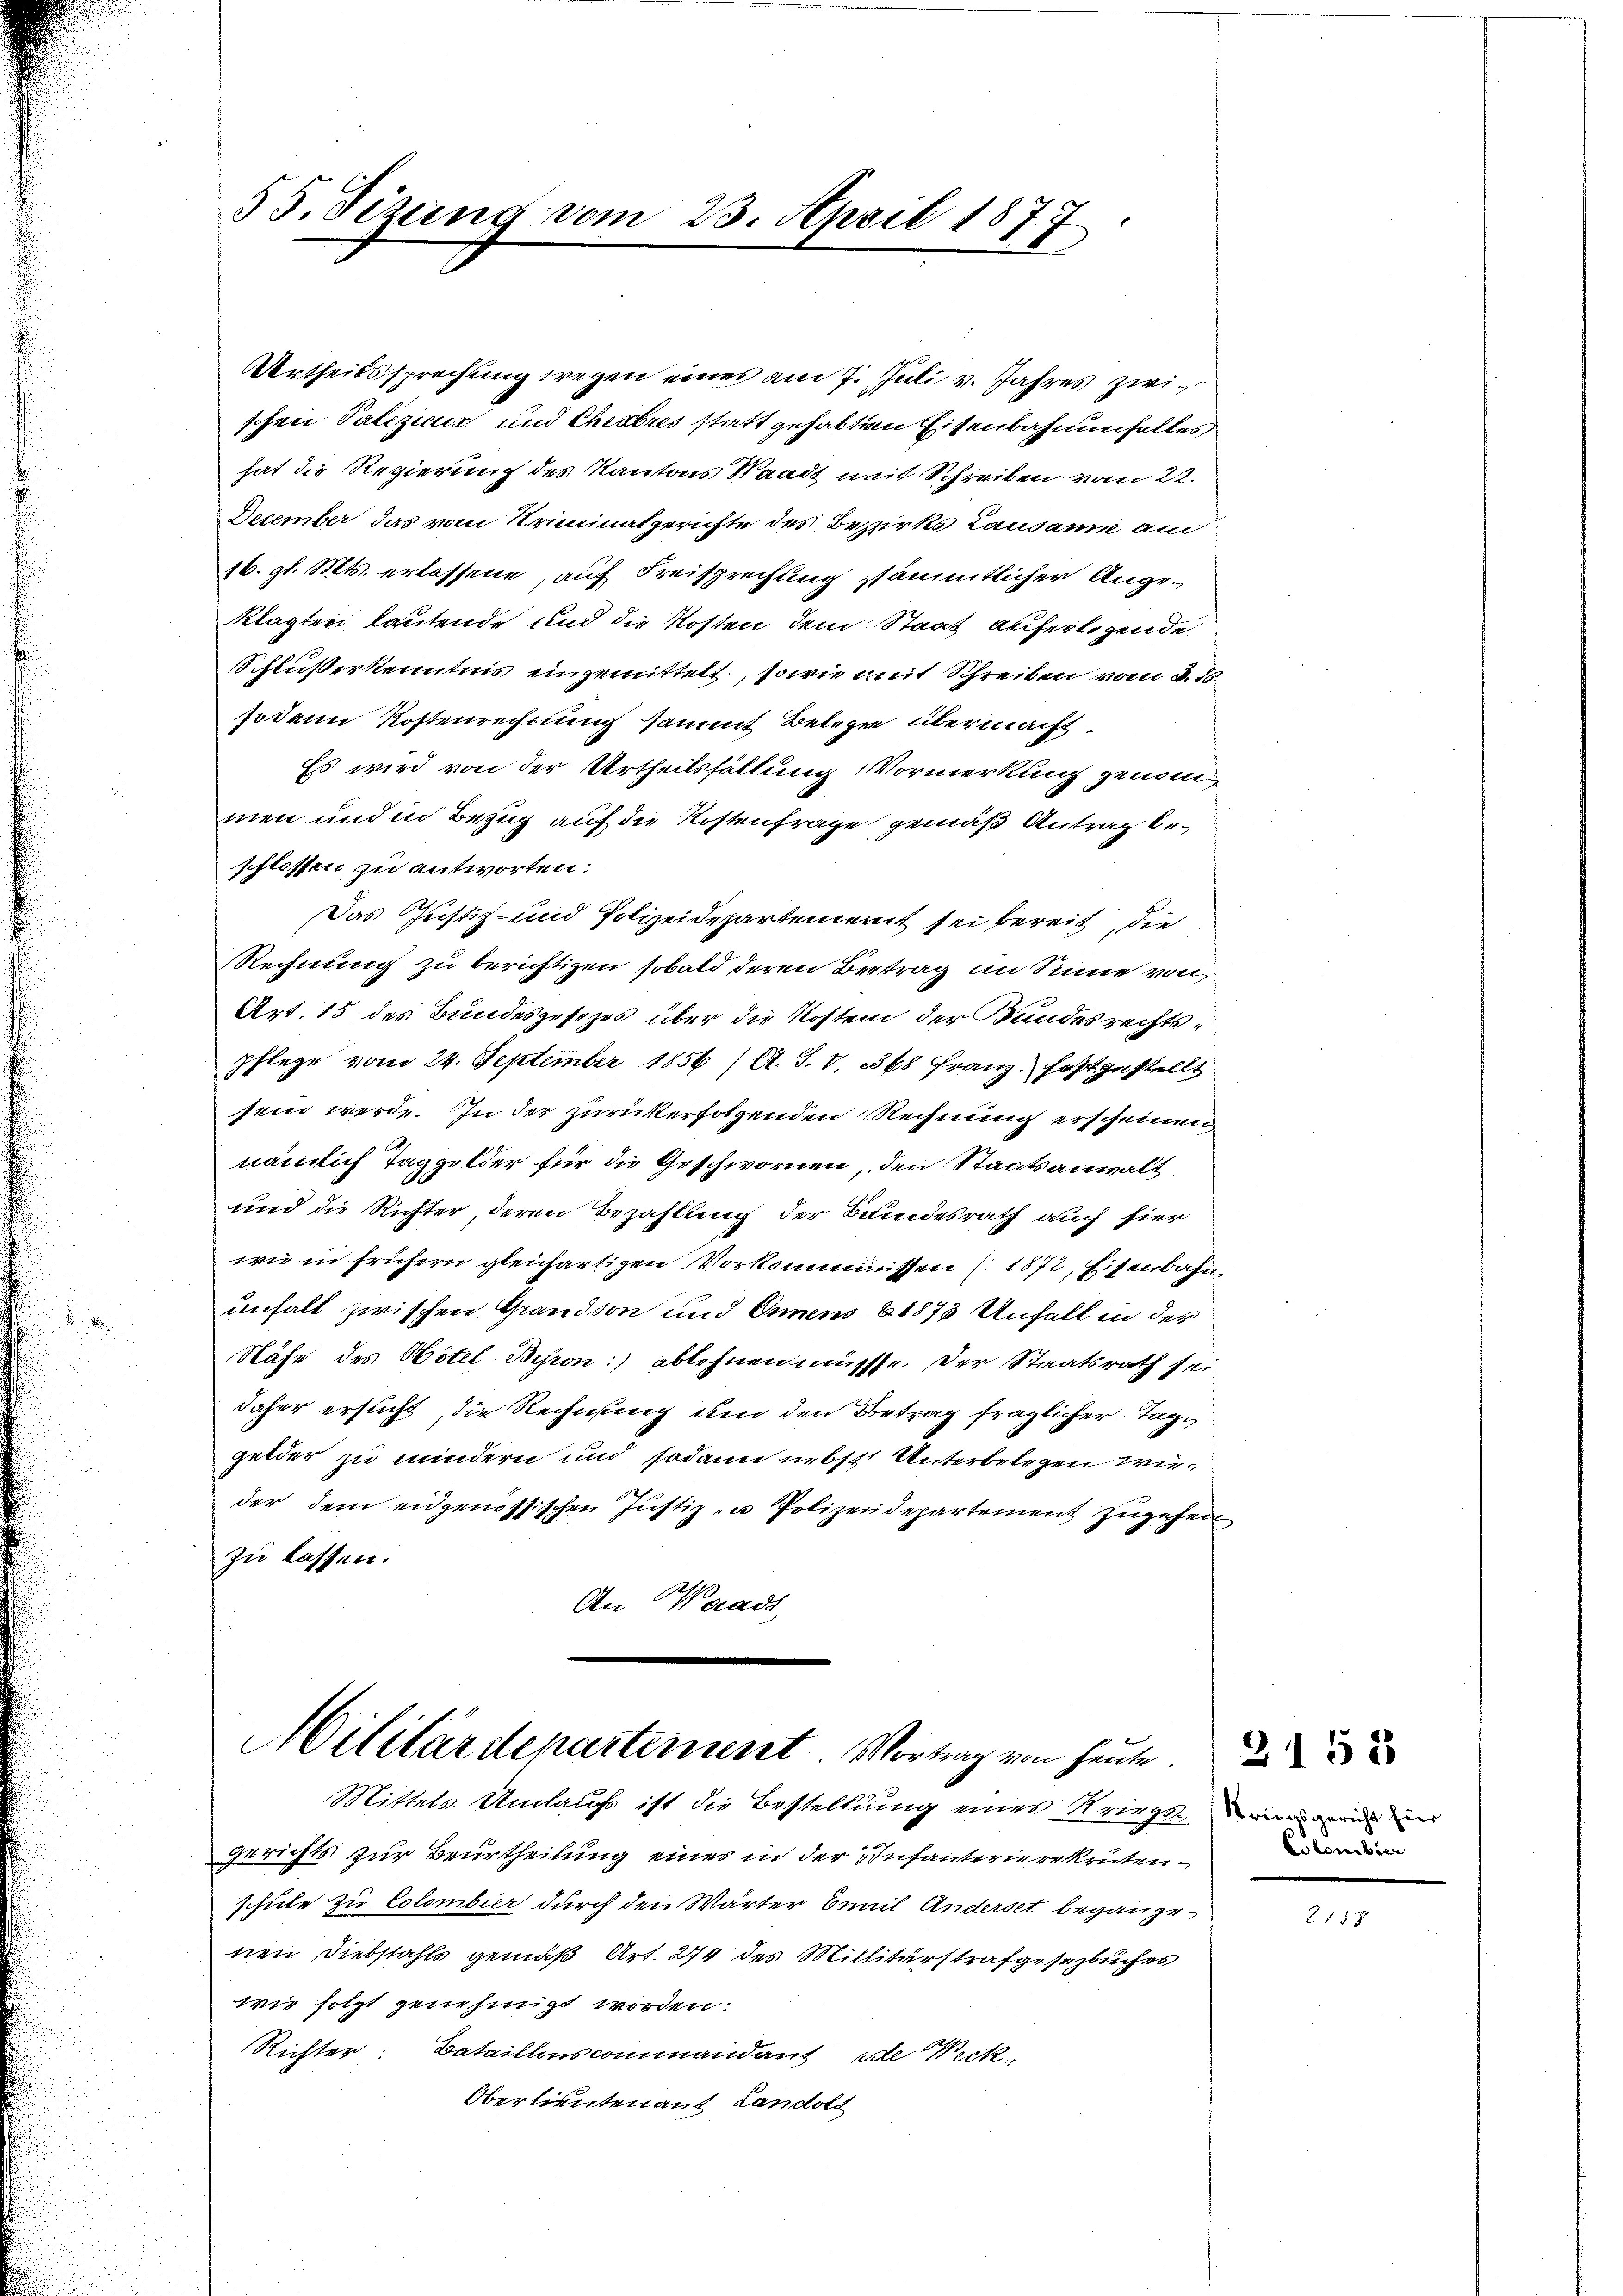
Urtheilssprechung wegen eines am 7. Juli v. Jahres zwischen Paliziens und Cheabres statt gehabten Eisenbahnenfalles
hat die Regierung des Kantons Waadt mit Schreiben vom 22.
December das vom Kriminalgerichte des Bezirks Lausanne am
16. gl. Mts. erlassene, auf Freisprechung sämmtlicher Angeklagten lautende und die Kosten dem Staat auferlegende
Schluß erkenntnis eingemittelt, sowie mit Schreiben vom 3. d.
sodann Kostenrechnung sammt Belehre übermacht
Es wird von der Urtheilshaltung Vormerkung gena
men und in Bezug auf die Kostenfrage gemäß Antrag beschlossen zu antworten:
Das Justiz- und Polizeidepartement sei bereit, die
Rechnung zu berichtigen sobald deren Bertrag im Sinne von
Art. 15 des Bundesgesezes über die Kosten der Bundesrechtspflege vom 24. September 1856 (A. J. V. 368 Franz festzustellt
sein werde. In der zurückerfolgenden Rechnung erscheinen
nämlich Taggelder für die Geschwornen, den Staatsanwalt
und die Richter, deren Bezahlung der Bundesrath auch hier
wie in frühern gleichartigen Vorkommissen (1872, Eisenbahn
unfall zwischen Grandson und Annens 1878 Unfall in der
Nähe des Hotel Beron:) ablehnen müsste. Der Staatsrath sei
daher ersucht, die Rechnung und den Betrag fraglicher Tage
gelder zu mindern und sodann nebst Unterbelegen wieder dem eidgenössischen Justiz- u Polizeidepartement zugeheit
zu lassen.
An Waadt,

55. Sizung vom 23. April 1877

b
Militärdepartement. Vortrag von heute.
Mittels. Umlaufs ist die Bestellung einer Kriegen eine von

Gerichts zur Beurtheilung eines in der Infanterierekrutenschule zu Colombier durch den Wärter Civil Anderset begangenen Diebstahls gemäß Art. 274 des Millitärstrafgesezbuches
wie folgt genehmigt worden.
Richter: Bataillonscommandant de Wirk
Oberlieutenauf Landolt

Colonibier

2153